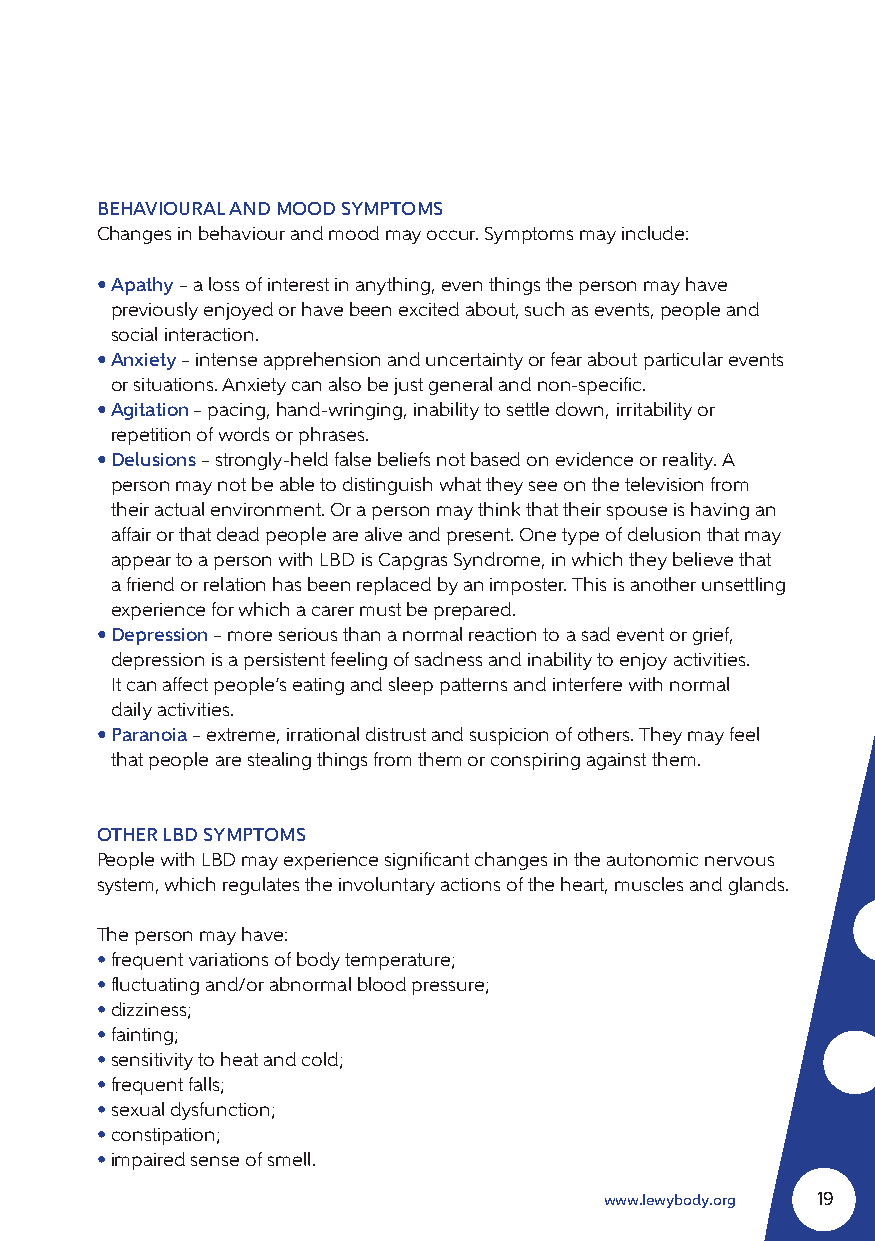
BEHAVIOURAL AND MOOD SYMPTOMS
 Changes in behaviour and mood may occur. Symptoms may include:
 • Apathy – a loss of interest in anything, even things the person may have
 previously enjoyed or have been excited about, such as events, people and
 social interaction.
 • Anxiety – intense apprehension and uncertainty or fear about particular events
 or situations. Anxiety can also be just general and non-specific.
 • Agitation – pacing, hand-wringing, inability to settle down, irritability or
 repetition of words or phrases.
 • Delusions – strongly-held false beliefs not based on evidence or reality. A
 person may not be able to distinguish what they see on the television from
 their actual environment. Or a person may think that their spouse is having an
 affair or that dead people are alive and present. One type of delusion that may
 appear to a person with LBD is Capgras Syndrome, in which they believe that
 a friend or relation has been replaced by an imposter. This is another unsettling
 experience for which a carer must be prepared.
 • Depression – more serious than a normal reaction to a sad event or grief,
 depression is a persistent feeling of sadness and inability to enjoy activities.
 It can affect people’s eating and sleep patterns and interfere with normal
 daily activities.
 • Paranoia – extreme, irrational distrust and suspicion of others. They may feel
 that people are stealing things from them or conspiring against them.
 OTHER LBD SYMPTOMS
 People with LBD may experience significant changes in the autonomic nervous
 system, which regulates the involuntary actions of the heart, muscles and glands.
 The person may have:
 • frequent variations of body temperature;
 • fluctuating and/or abnormal blood pressure;
 • dizziness;
 • fainting;
 • sensitivity to heat and cold;
 • frequent falls;
 • sexual dysfunction;
 • constipation;
 • impaired sense of smell.
 www.lewybody.org 19